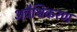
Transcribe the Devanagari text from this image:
अवैश्विकरण